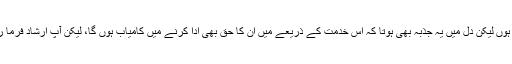
میں یقینا اپنی سعادت سمجھتے ہوئے ماں کی خدمت کرتا ہوں لیکن دل میں یہ جذبہ بھی ہوتا کہ اس خدمت کے ذریعے میں ان کا حق بھی ادا کرنے میں کامیاب ہوں گا، لیکن آپ ارشاد فرما رہے ہیں کہ حق تو ایک آہ کا بھی ادا نہیں ہوگا، ایسا کیوں؟